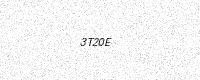
Text: 3T20E